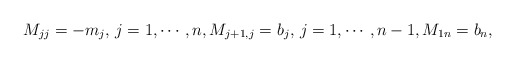
\begin{align*}M_{jj}=-m_j, \, j=1, \cdots, n, M_{j+1,j}=b_j, \, j=1, \cdots , n-1, M_{1n}=b_n,\end{align*}